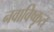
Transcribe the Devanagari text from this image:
नवाविष्कृत